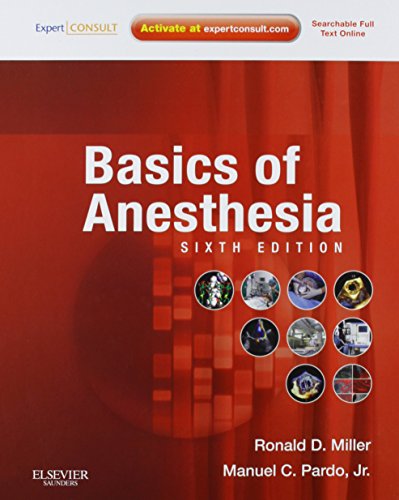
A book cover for Basics of Anesthesia, 6e (Expert Consult Title: Online + Print); Ronald D. Miller MD  MS; Medical Books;